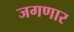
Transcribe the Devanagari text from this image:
जगणार